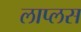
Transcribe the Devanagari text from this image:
लाप्लस